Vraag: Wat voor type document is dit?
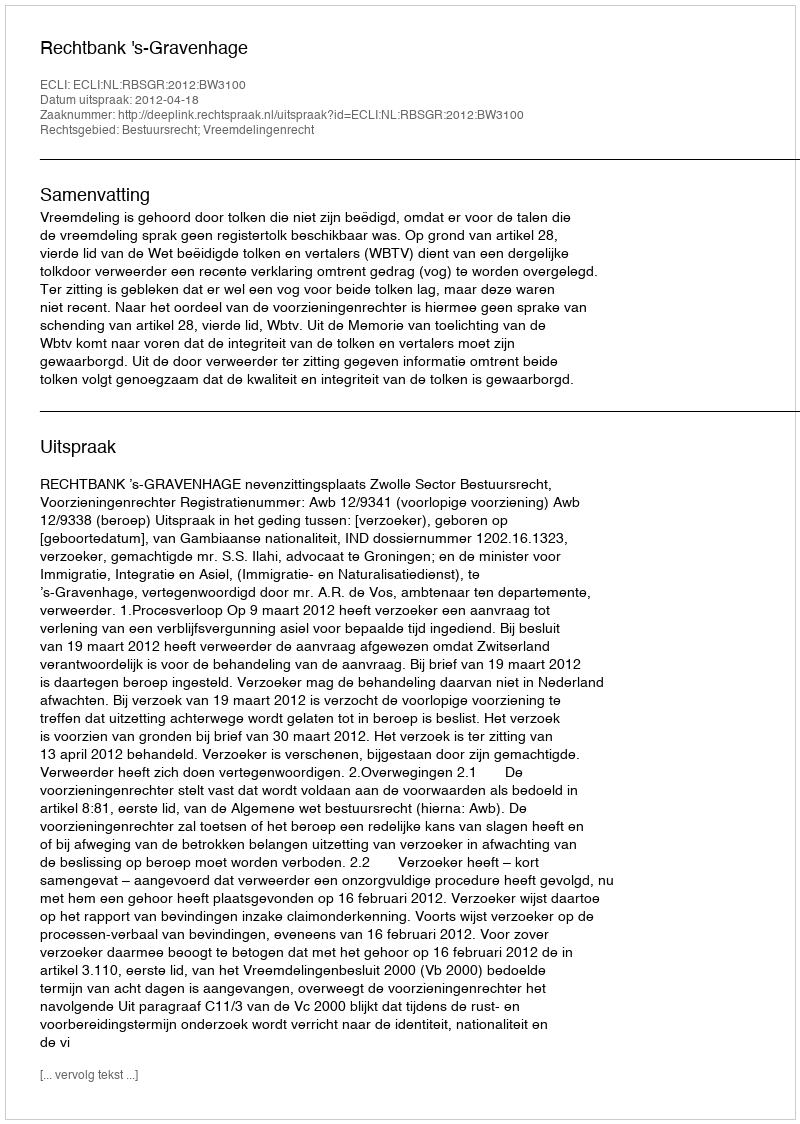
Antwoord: Uitspraak